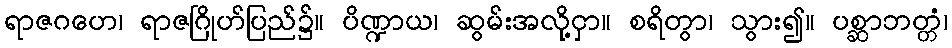
ရာဇဂဟေ၊ ရာဇဂြိုဟ်ပြည်၌။ ပိဏ္ဍာယ၊ ဆွမ်းအလို့ငှာ။ စရိတွာ၊ သွား၍။ ပစ္ဆာဘတ္တံ၊